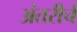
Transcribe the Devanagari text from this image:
अंतरीचे